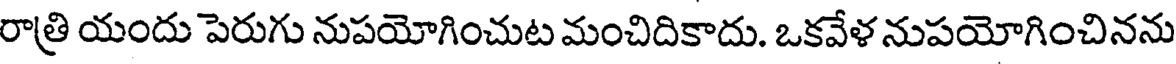
రాత్రి యందు పెరుగు నుపయోగించుట మంచిదికాదు. ఒకవేళ నుపయోగించినను